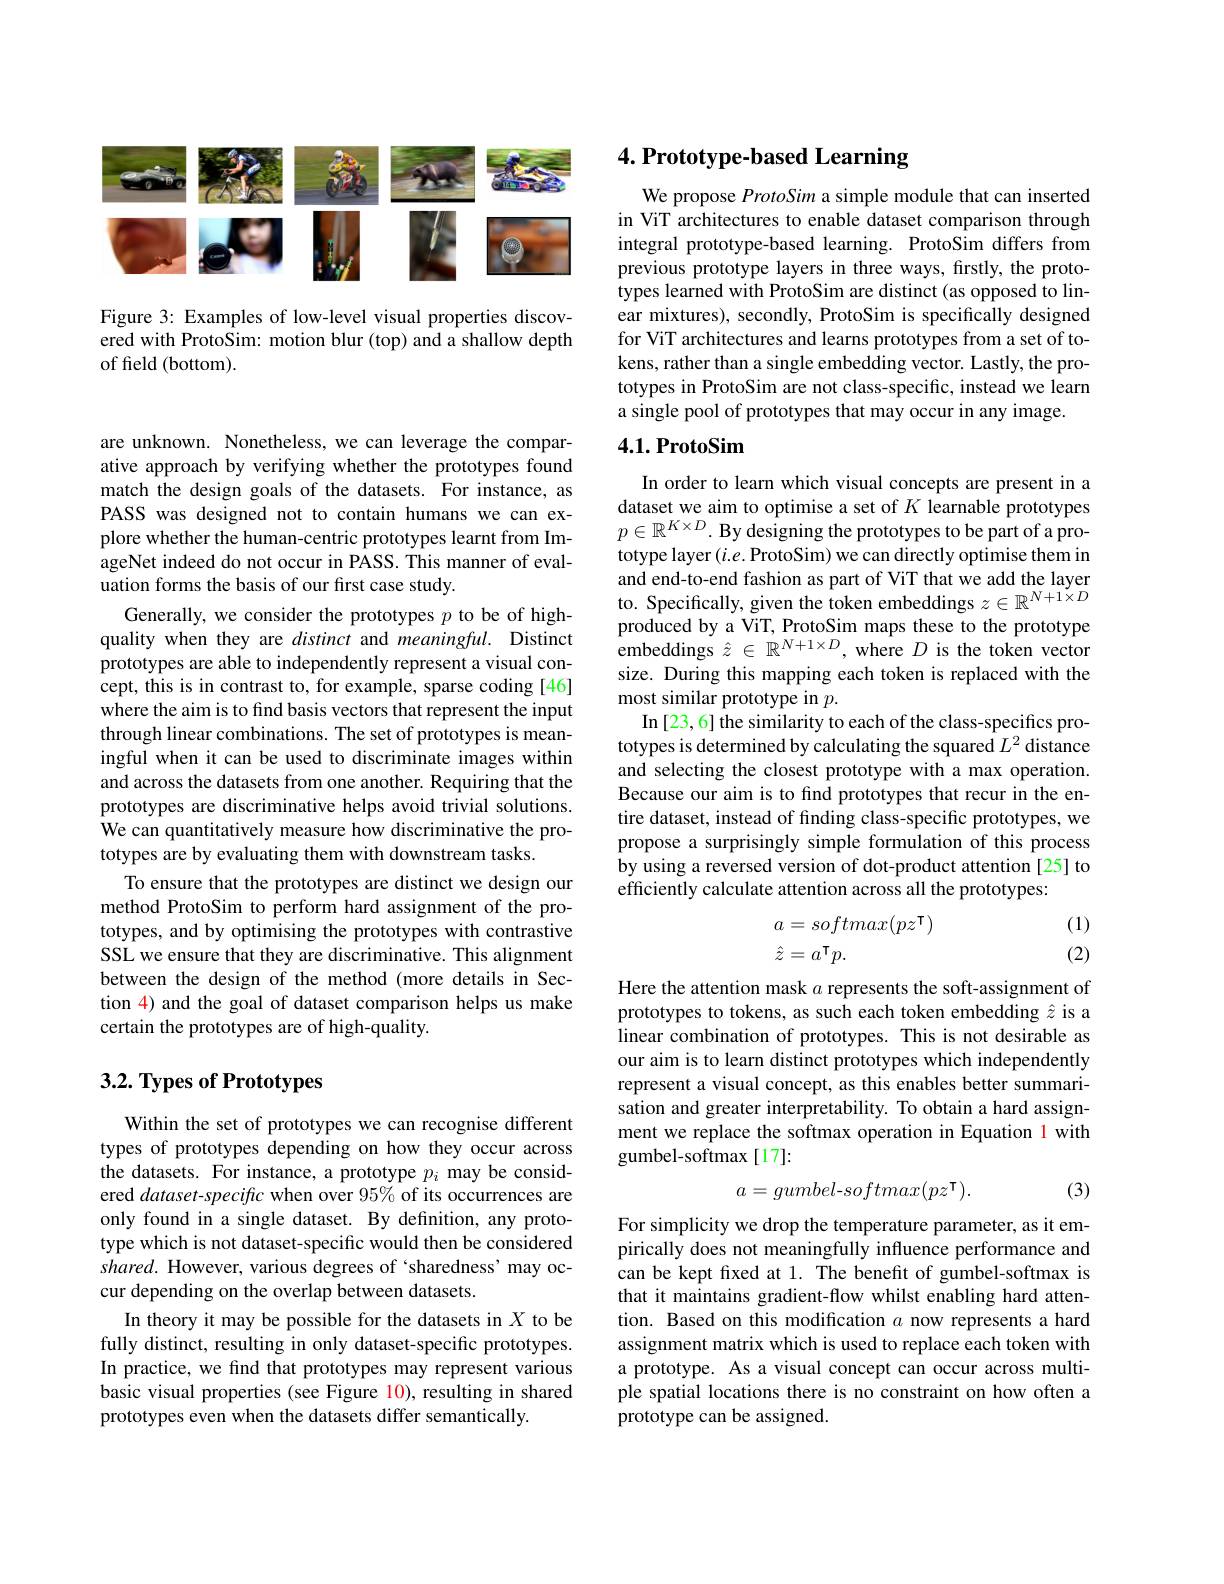
<FigureHere>

Figure 3: Examples of low-level visual properties discovered with ProtoSim: motion blur (top) and a shallow depth of field (bottom).

are unknown. Nonetheless, we can leverage the comparative approach by verifying whether the prototypes found match the design goals of the datasets. For instance, as PASS was designed not to contain humans we can explore whether the human-centric prototypes learnt from ImageNet indeed do not occur in PASS. This manner of evaluation forms the basis of our first case study.
Generally, we consider the prototypes $p$ to be of highquality when they are distinct and meaningful. Distinct prototypes are able to independently represent a visual concept, this is in contrast to, for example, sparse coding [46] where the aim is to find basis vectors that represent the input through linear combinations. The set of prototypes is meaningful when it can be used to discriminate images within and across the datasets from one another. Requiring that the prototypes are discriminative helps avoid trivial solutions. We can quantitatively measure how discriminative the prototypes are by evaluating them with downstream tasks.
To ensure that the prototypes are distinct we design our method ProtoSim to perform hard assignment of the prototypes, and by optimising the prototypes with contrastive SSL we ensure that they are discriminative. This alignment between the design of the method (more details in Section 4) and the goal of dataset comparison helps us make certain the prototypes are of high-quality.

## $3. 2. \textbf{ Types of Prototypes}$

Within the set of prototypes we can recognise different types of prototypes depending on how they occur across the datasets. For instance, a prototype $p_i$ may be considered dataset-specific when over 95% of its occurrences are only found in a single dataset. By definition, any prototype which is not dataset-specific would then be considered shared. However, various degrees of ‘sharedness’ may occur depending on the overlap between datasets.
In theory it may be possible for the datasets in $X$ to be fully distinct, resulting in only dataset-specific prototypes. In practice, we find that prototypes may represent various basic visual properties (see Figure $\color{red}{10})$, resulting in shared prototypes even when the datasets differ semantically.

4. Prototype-based Learning

We propose ProtoSim a simple module that can inserted in ViT architectures to enable dataset comparison through integral prototype-based learning. ProtoSim differs from previous prototype layers in three ways, firstly, the prototypes learned with ProtoSim are distinct (as opposed to linear mixtures), secondly, ProtoSim is specifically designed for ViT architectures and learns prototypes from a set of tokens, rather than a single embedding vector. Lastly, the prototypes in ProtoSim are not class-specific, instead we learn a single pool of prototypes that may occur in any image.

## 4.1. ProtoSim

In order to learn which visual concepts are present in a dataset we aim to optimise a set of $K$ learnable prototypes $p\in\mathbb{R}^{K\times D}.$ By designing the prototypes to be part of a prototype layer $(i.e.$ ProtoSim) we can directly optimise them in and end-to-end fashion as part of ViT that we add the layer to. Specifically, given the token embeddings $z\in\mathbb{R}^N+1\times D$ produced by a ViT, ProtoSim maps these to the prototype ${\mathrm{embeddings~}\hat{z}}\in{\hat{\mathbb{R}}}^{N+1\times D},{\mathrm{where~}}D{\mathrm{~is~the~token~vector}}$ size. During this mapping each token is replaced with the most similar prototype in $p.$
In [23,6] the similarity to each of the class-specifics prototypes is determined by calculating the squared $L^2$ distance and selecting the closest prototype with a max operation. Because our aim is to find prototypes that recur in the entire dataset, instead of finding class-specific prototypes, we propose a surprisingly simple formulation of this process by using a reversed version of dot-product attention [25] to efficiently calculate attention across all the prototypes:

(1)
$$\begin{array}{l}a=softmax(pz^\intercal)\\\hat{z}=a^\intercal p.\end{array}$$
(2)

Here the attention mask $a$ represents the soft-assignment of prototypes to tokens, as such each token embedding $\hat{z}$ is a linear combination of prototypes. This is not desirable as our aim is to learn distinct prototypes which independently represent a visual concept, as this enables better summarisation and greater interpretability. To obtain a hard assignment we replace the softmax operation in Equation 1 with gumbel-softmax[17]:

(3)
$$a=gumbel\text{-}softmax(pz^{\mathsf{T}}).$$
For simplicity we drop the temperature parameter, as it empirically does not meaningfully influence performance and can be kept fixed at 1. The benefit of gumbel-softmax is that it maintains gradient-flow whilst enabling hard attention. Based on this modification $a$ now represents a hard assignment matrix which is used to replace each token with a prototype. As a visual concept can occur across multiple spatial locations there is no constraint on how often a prototype can be assigned